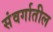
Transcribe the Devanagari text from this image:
संवर्गातील